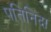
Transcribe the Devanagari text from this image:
पतिनिंदा